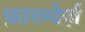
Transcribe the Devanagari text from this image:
फ़ारम्येर्ज़